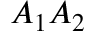
A _ { 1 } A _ { 2 }